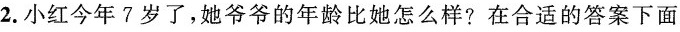
2.小红今年?岁了，她爷爷的年龄比她怎么样?在合适的答案下面